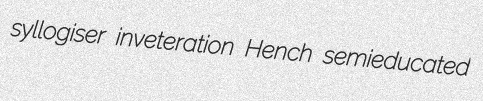
syllogiser inveteration Hench semieducated